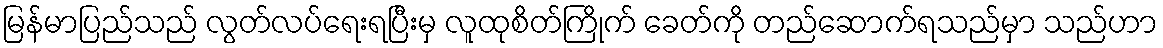
မြန်မာပြည်သည် လွတ်လပ်ရေးရပြီးမှ လူထုစိတ်ကြိုက် ခေတ်ကို တည်ဆောက်ရသည်မှာ သည်ဟာ